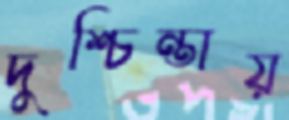
দুশ্চিন্তায়